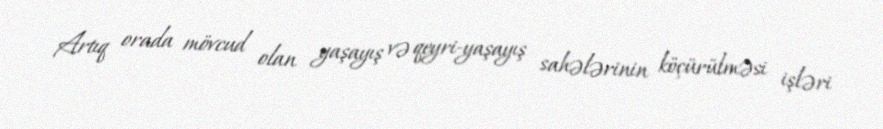
Artıq orada mövcud olan yaşayış və qeyri-yaşayış sahələrinin köçürülməsi işləri